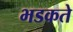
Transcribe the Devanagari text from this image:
भडकते